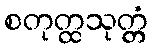
စတုတ္ထသုတ္တံ